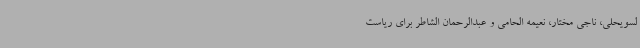
لسویحلی،‌ ناجی مختار، نعیمه الحامی و عبدالرحمان الشاطر برای ریاست